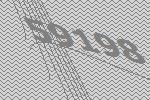
59198